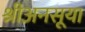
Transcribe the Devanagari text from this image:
श्रीअनसूया